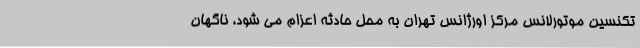
تکنسین موتورلانس مرکز اورژانس تهران به محل حادثه اعزام می شود، ناگهان